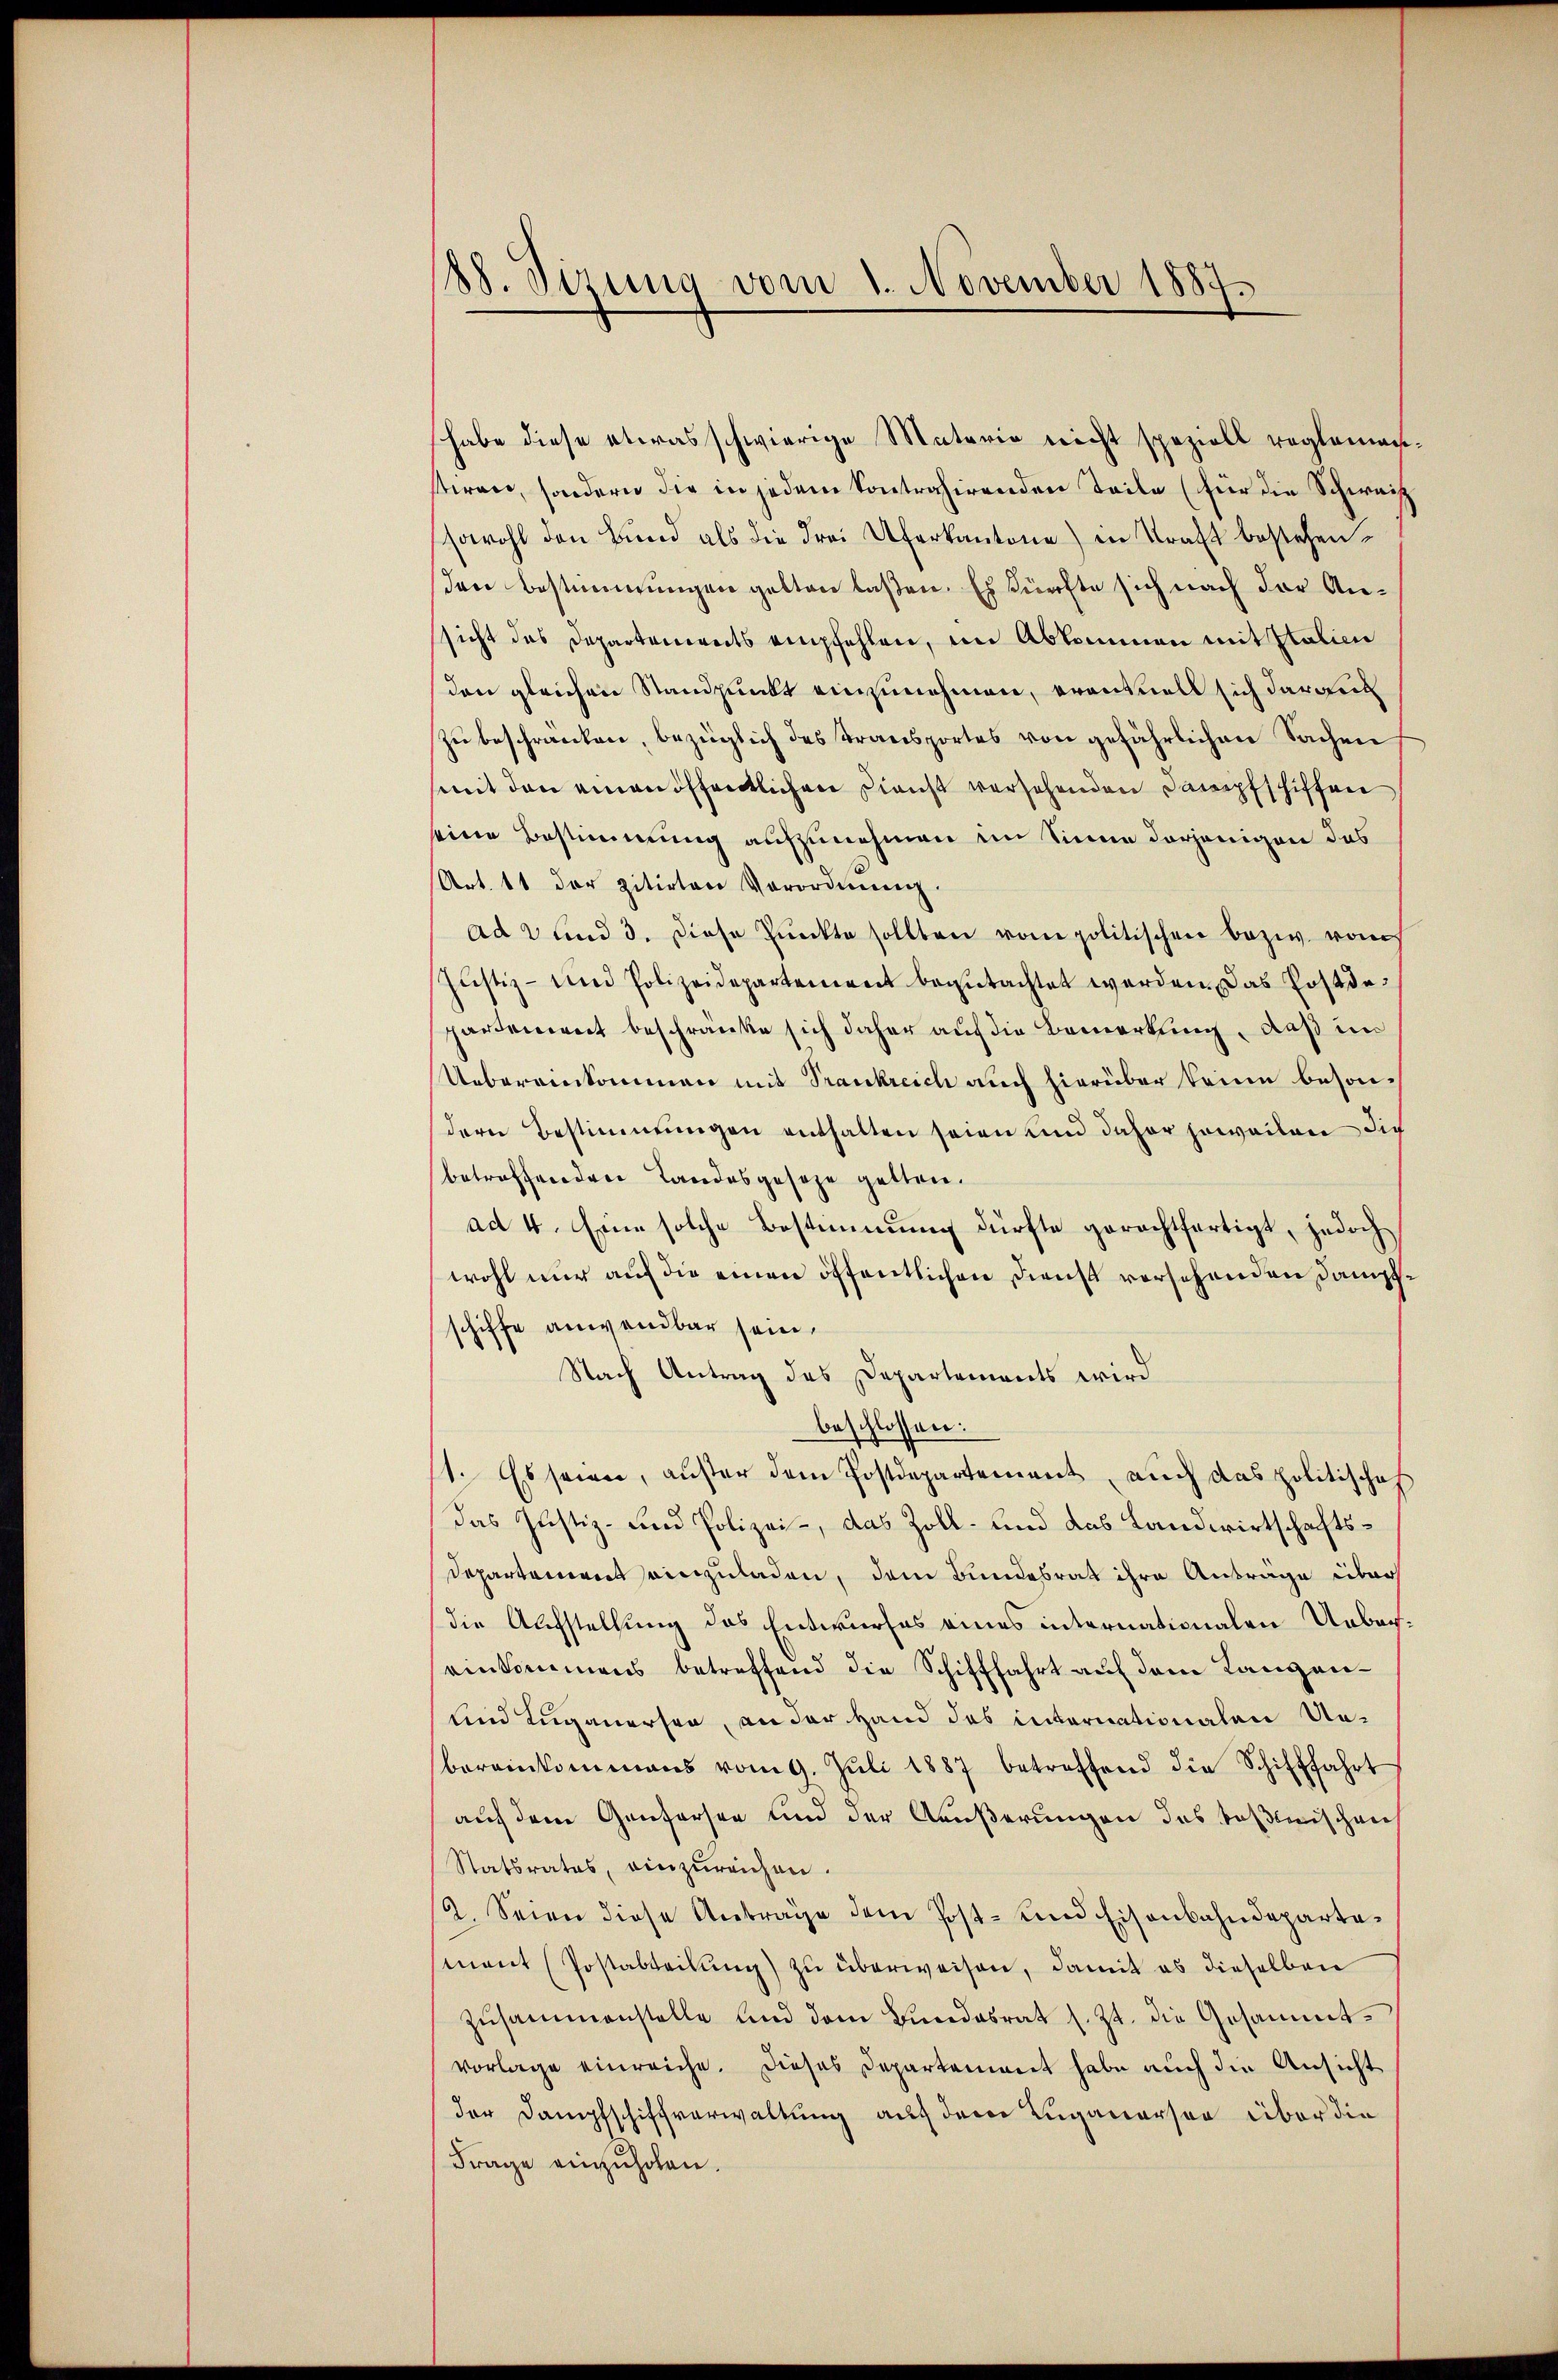
188. Sizung vom 1. November 1887.

habe diese etwas schwierige Materia nicht speziell reglemen.
stiren, sondern die in jedem kontrahirenden Teile (für die Schweiz
sowohl den Bund als die Frei Uferkantone) in Kraft bestehenden bestimmungen gelten laßen. Es dürfte sich nach der Anssicht des Departements empfehlen, in Abkommen mit Italien
den gleichen Standpunkt einzunehmen, erantvoll sich daraus
zu beschränken, bezüglich des Transportes von gefährlichen Sachen
mit den einan öffentlichen Dienst versehenden Dampfschiffen
seine Bestimmung aufzunehmen im Sinne derjenigen das
Art. 11 der zitirten Verordnŭng.
ad 2 und 3. diese Pŭnkte sollten vom politischen bezw. von
Justiz- und Polizeidepartement begutachtet werden. Das Postdepartement beschränke sich daher auf die Bemerkung, daß im
Uebereinkommen mit Trankreich auch hierüber keine besondern Bestimmungen enthalten seien und daher jeweilen sich
betreffenden Landesgeseze gelten.
ad 4. Eine solche Bestimmung dürfte gerechtfertigt, jedoch
wohl nur auf die einen öffentlichen Dienst versehenden Dampfschiffe anwendbar sein.
Nach Antrag des Departements wird
beschlossen:
1. Es seien, außer dem Postdepartement, auch das politischeh
Das Justiz- und Polizei-, das Zoll- und das Landwirtschafts¬
Departement einzuladen, dem Bundesrat ihre Antrage über
die Aufstellung des Entwurfes eines internationalen Uebereinkommens betreffend die Schifffahrt auf dem Langen-
und Luganersen, an der Hand das internationalen Unbereinkommens vom 9. Jŭli 1887 betreffend die Schifffahrt
auf dem Genfersen und der Äußerungen das Teßinischen
Statsrates, einzŭreichen.
2. Seien diese Anträge dem Post- und Eisenbahndepartament (Postabteilung) zu überweisen, damit es dieselben
Zŭsammenstelle und dem Bundesrat s. Zt. die Gesammtvorlage einreiche. Dieses Departement habe auch die Ansicht
der Dampfschiffverwaltung auf dem Luganerson über die
Frage einzuholen.